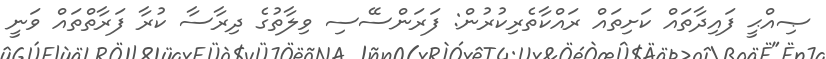
ޞިއްޙީ ފައިދާތައް ކަށިތައް ރައްކާތެރިކުރުން: ފަރަންސޭސި ވިލާތުގެ ދިރާސާ ކުރާ ފަރާތްތައް ވަނީ